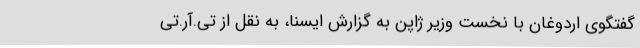
گفتگوی اردوغان با نخست وزیر ژاپن به گزارش ایسنا، به نقل از تی.آر.تی